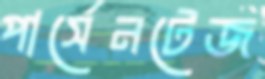
পার্সেনটেজ